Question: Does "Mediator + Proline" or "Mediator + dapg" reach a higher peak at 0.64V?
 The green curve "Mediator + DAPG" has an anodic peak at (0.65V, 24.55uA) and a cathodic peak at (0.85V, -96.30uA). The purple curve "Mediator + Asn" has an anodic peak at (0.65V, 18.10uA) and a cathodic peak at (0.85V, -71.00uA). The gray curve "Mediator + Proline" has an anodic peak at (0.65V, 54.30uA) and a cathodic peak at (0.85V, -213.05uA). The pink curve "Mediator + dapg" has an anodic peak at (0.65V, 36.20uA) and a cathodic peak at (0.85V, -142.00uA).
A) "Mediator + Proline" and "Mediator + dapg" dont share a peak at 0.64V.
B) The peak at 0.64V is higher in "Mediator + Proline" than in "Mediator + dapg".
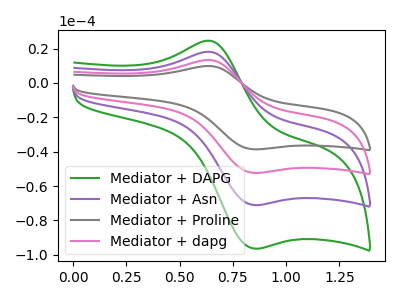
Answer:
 <answer>B) The peak at 0.64V is higher in "Mediator + Proline" than in "Mediator + dapg".</answer>
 <eval>B</eval>